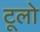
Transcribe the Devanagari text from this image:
टूलो